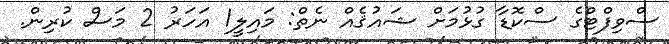
ސްވިފްޓްގެ ސްކޮޑާ ގުޅުމަށް ޝައުޤެއް ނެތް: މައިލީ1 އަހަރު 2 މަސް ކުރިން.